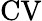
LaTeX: \mathrm{CV}